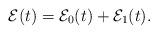
LaTeX: \begin{align*}\mathcal{E}(t)= \mathcal{E}_0 (t)+\mathcal{E}_1(t).\end{align*}